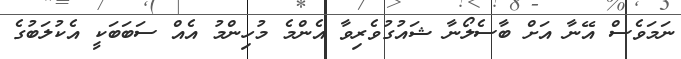
ނަމަވެސް އޭނާ އަށް ބާސެލޯނާ ޝައުގުވެރިވާ އެންމެ މުހިންމު އެއް ސަބަބަކީ އެކުލަބުގެ